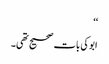
‘‘
ابوکی بات صحیح تھی۔